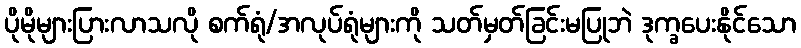
ပိုမိုများပြားလာသလို စက်ရုံ/အလုပ်ရုံများကို သတ်မှတ်ခြင်းမပြုဘဲ ဒုက္ခပေးနိုင်သော